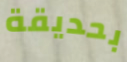
بحديقة